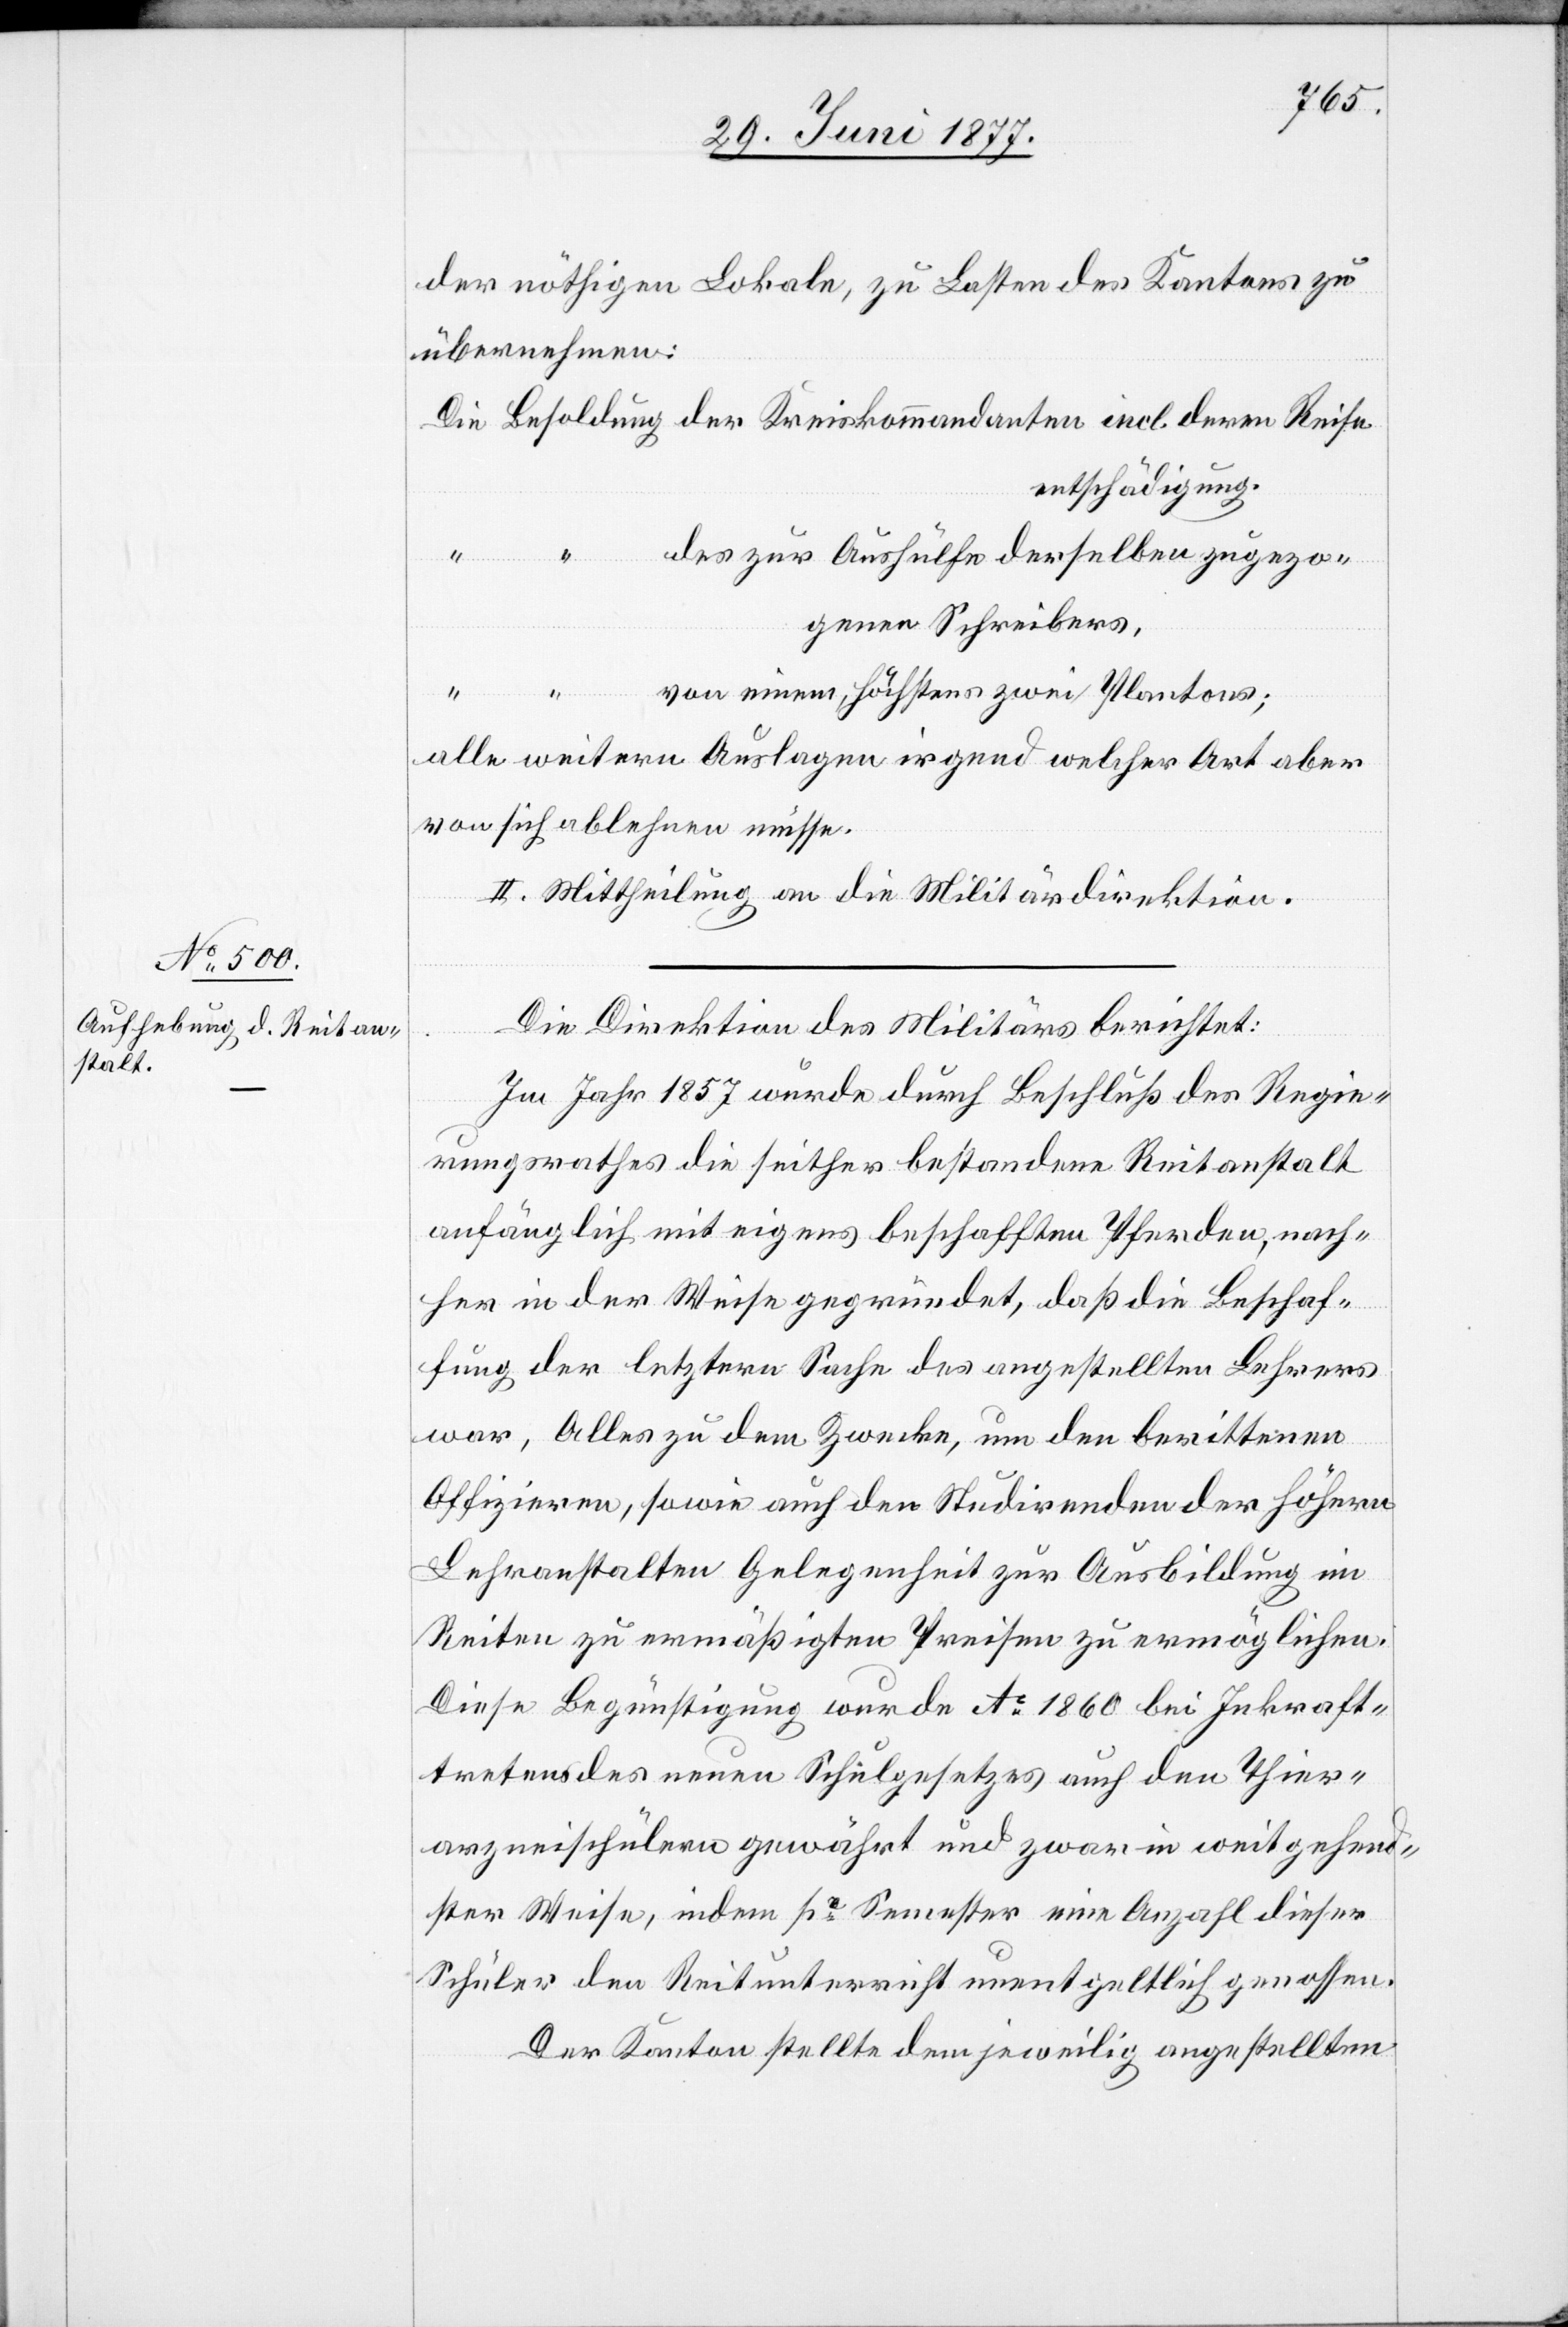
der nöthigen Lokale, zu Lasten des Kantons zu
übernehmen:
entschädigung,
Kreiskomman¬
des zur Aushülfe derselben zugezo¬
genen Schreibers,
“
“
von einem. höchstens zwei Plantons;
alle weitern Auslagen irgend welcher Art aber
von sich ablehnen müsse.
II. Mittheilung an die Militärdirektion.
Die Direktion des Militärs berichtet:
Im Jahr 1857 wurde durch Beschluß des Regie¬
rungsrathes die seither bestandene Reitanstalt
anfänglich mit eigens beschafften Pferden, nach¬
her in der Weise gegründet, daß die Beschaf¬
fung der letztern Sache des angestellten Lehrers
war, Alles zu dem Zwecke, um den berittenen
Offizieren, sowie auch den Studirenden der höhern
Lehranstalten Gelegenheit zur Ausbildung im
Reiten zu ermäßigten Preisen zu ermöglichen.
Diese Begünstigung wurde Ao 1860 bei Inkraft¬
tretens des neuen Schulgesetzes auch den Thier¬
arzneischülern gewährt und zwar in weitgehend¬
ster Weise, indem pr Semester eine Anzahl dieser
Schüler den Reitunterricht unentgeltlich genossen.
Der Kanton stellte dem jeweilig angestellten